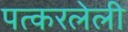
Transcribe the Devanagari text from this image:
पत्करलेली